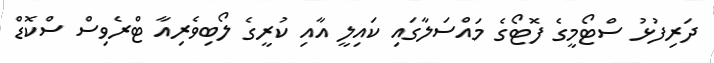
ދަރިފުޅު ސްޓޯމީގެ ފޮޓޯގެ މައްސަލާގައި ކައިލީ އާއި ކުރީގެ ލޯބިވެރިއާ ޓްރެވިސް ސްކޮޑް